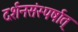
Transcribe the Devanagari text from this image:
दर्शनसंस्पर्षात्